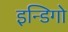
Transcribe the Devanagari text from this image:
इन्डिगो